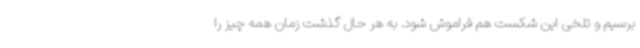
برسیم و تلخی این شکست هم فراموش شود. به هر حال گذشت زمان همه چیز را